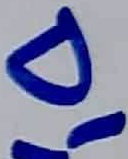
Text: D1